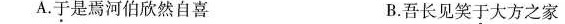
A.于是焉河伯欣然自喜 B.吾长见笑于大方之家